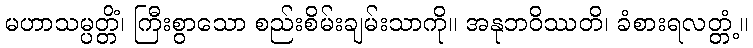
မဟာသမ္ပတ္တိံ၊ ကြီးစွာသော စည်းစိမ်းချမ်းသာကို။ အနုဘဝိဿတိ၊ ခံစားရလတ္တံ့။